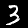
Digit: 3